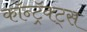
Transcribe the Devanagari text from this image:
कॉन्ट्रॅक्ट्स